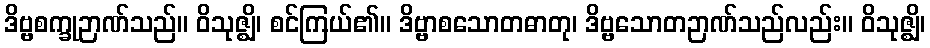
ဒိဗ္ဗစက္ခုဉာဏ်သည်။ ဝိသုဇ္ဈိ၊ စင်ကြယ်၏။ ဒိဗ္ဗာစသောတဓာတု၊ ဒိဗ္ဗသောတဉာဏ်သည်လည်း။ ဝိသုဇ္ဈိ၊